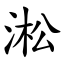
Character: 淞